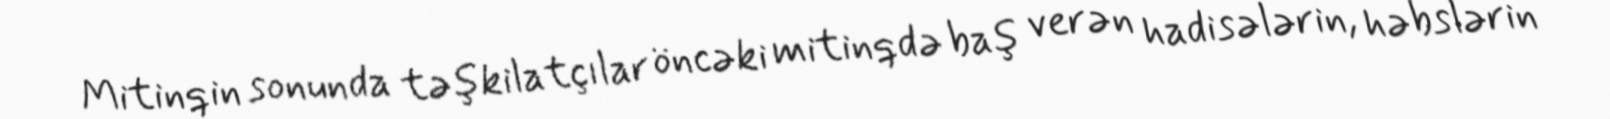
Mitinqin sonunda təşkilatçılar öncəki mitinqdə baş verən hadisələrin, həbslərin